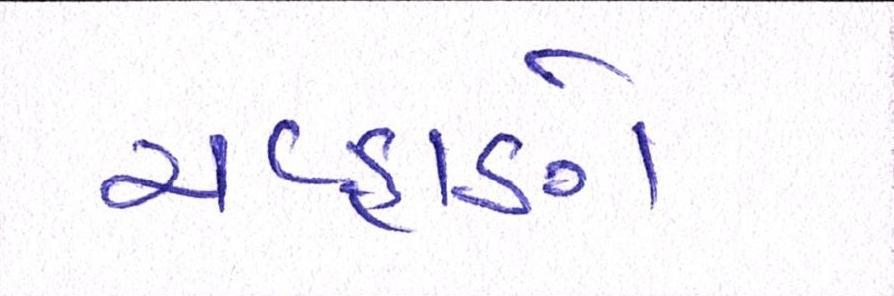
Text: ચવ્હાણે